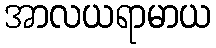
အာလယရာမာယ